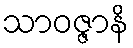
သာဝဇ္ဇာနိ